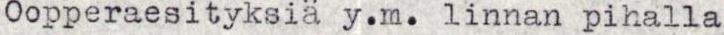
Oopperaesityksiä y.m. linnan pihalla